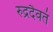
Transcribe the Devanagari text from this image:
रुद्रदैवतं